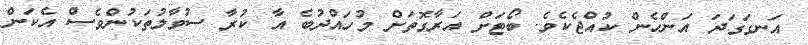
އަނގަގަދަ އަންހެން ކުއްޖެކެވެ. ބޯޓަށް އަރާގޮތަށް މުހައްދުބެ އާ ކުރާ ސުވާލުތަކުންވެސް އެކަން